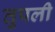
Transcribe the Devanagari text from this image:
तुपली